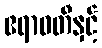
ဧရာဝတီနှင့်